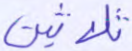
ثلاثين